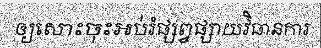
ឲ្យសោះចុះអប់រំផ្សព្វផ្សាយវិធានការ